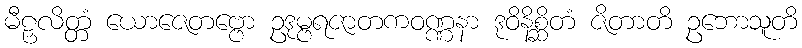
မီဠှလိတ္တံ ယောဇေတဗ္ဗော ဥဒုမ္ဗရဇာတကဝဏ္ဏနာ ဒုဝိနိစ္ဆိတံ ဇိတာတိ ဥဘောသူတိ